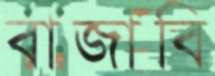
বাজাবি